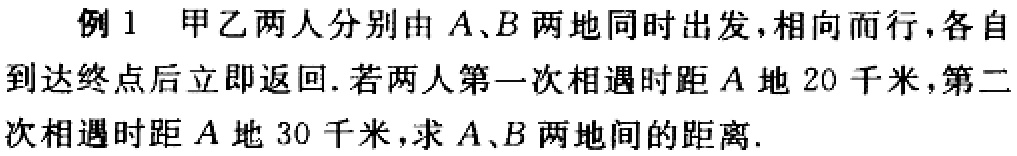
例1 甲乙两人分别由\(A、B\)两地同时出发,相向而行,各自到达终点后立即返回.若两人第一次相遇时距\(A\)地\(20\)千米,第二次相遇时距\(A\)地\(30\)千米,求\(A、B\)两地间的距离.